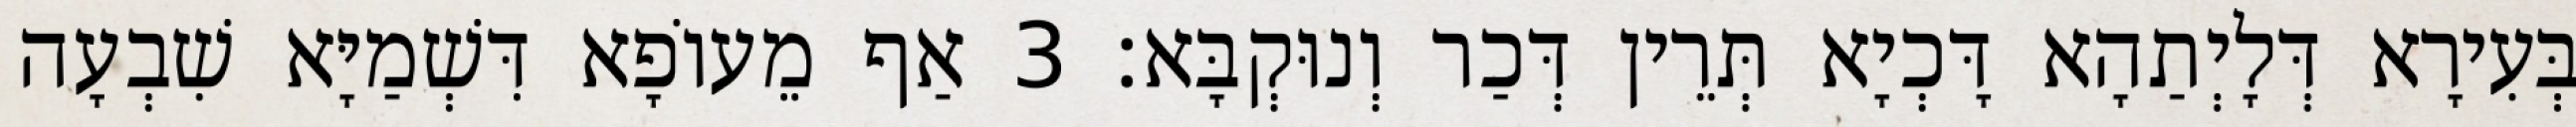
בְּעִירָא דְּלָיְתַהָא דָּכְיָא תְּרֵין דְּכַר וְנוּקְבָּא׃ 3 אַף מֵעוֹפָא דִּשְׁמַיָּא שִׁבְעָה